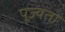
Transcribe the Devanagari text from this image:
पूज्यता